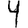
Digit: 4